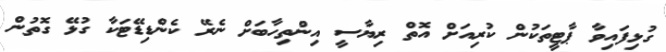
ގުޅިފައިވާ ޕާޓީތަކުން ކުރިއަށް އޮތް ރިޔާސީ އިންތިހާބަށް ނެރޭ ކެންޑިޑޭޓަކާ ގުޅޭ ގޮތުން